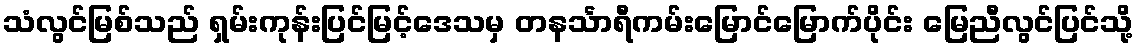
သံလွင်မြစ်သည် ရှမ်းကုန်းပြင်မြင့်ဒေသမှ တနင်္သာရီကမ်းမြောင်မြောက်ပိုင်း မြေညီလွင်ပြင်သို့